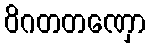
ဝိဂတတဏှော